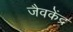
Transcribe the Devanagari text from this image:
जैवकेंद्र